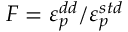
{ \cal F } = \varepsilon _ { p } ^ { d d } / \varepsilon _ { p } ^ { s t d }